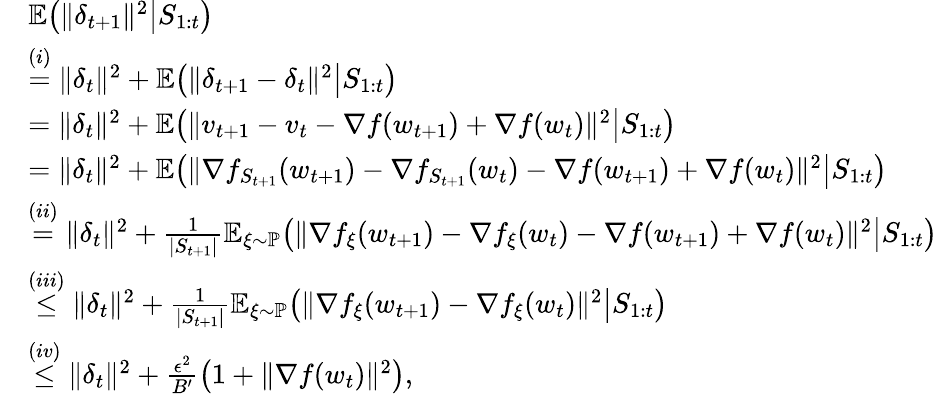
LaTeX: \begin{array}{rl}&{\mathbb{E}\big(\| \delta_{t+1}\| ^{2}\big|S_{1:t}\big)}\\ &{\overset{(i)}{=}\| \delta_{t}\| ^{2}+\mathbb{E}\big(\| \delta_{t+1}-\delta_{t}\| ^{2}\big|S_{1:t}\big)}\\ &{=\| \delta_{t}\| ^{2}+\mathbb{E}\big(\| v_{t+1}-v_{t}-\nabla f(w_{t+1})+\nabla f(w_{t})\| ^{2}\big|S_{1:t}\big)}\\ &{=\| \delta_{t}\| ^{2}+\mathbb{E}\big(\| \nabla f_{S_{t+1}}({w_{t+1}})-\nabla f_{S_{t+1}}(w_{t})-\nabla f(w_{t+1})+\nabla f(w_{t})\| ^{2}\big|S_{1:t}\big)}\\ &{\overset{(ii)}{=}\| \delta_{t}\| ^{2}+\frac{1}{|S_{t+1}|}\mathbb{E}_{\xi\sim\mathbb{P}}\big(\| \nabla f_{\xi}({w_{t+1}})-\nabla f_{\xi}(w_{t})-\nabla f(w_{t+1})+\nabla f(w_{t})\| ^{2}\big|S_{1:t}\big)}\\ &{\overset{(iii)}{\le}\| \delta_{t}\| ^{2}+\frac{1}{|S_{t+1}|}\mathbb{E}_{\xi\sim\mathbb{P}}\big(\| \nabla f_{\xi}({w_{t+1}})-\nabla f_{\xi}(w_{t})\| ^{2}\big|S_{1:t}\big)}\\ &{\overset{(iv)}{\le}\| \delta_{t}\| ^{2}+\frac{\epsilon^{2}}{B^{\prime}}\big(1+\| \nabla f(w_{t})\| ^{2}\big),}\end{array}